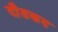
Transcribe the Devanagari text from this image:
दौडकद